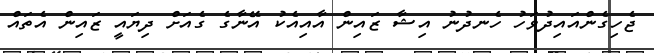
ޖެހިގެންއައިދުވަހު ހެނދުުނު އިޝާ ޒައިން އާއިއެކު އޭނާގެ ގެއަށް ދިޔައީ ޒައިން އެތައް